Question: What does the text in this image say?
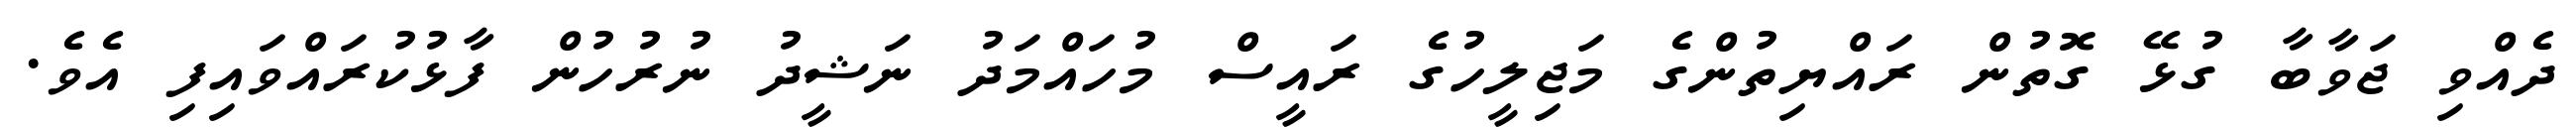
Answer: ދެއްވި ޖަވާބާ ގުޅޭ ގޮތުން ރައްޔިތުންގެ މަޖިލީހުގެ ރައީސް މުހައްމަދު ނަޝީދު ނުރުހުން ފާޅުކުރައްވައިފި އެވެ.